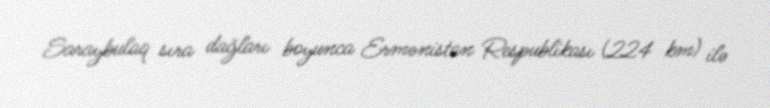
Saraybulaq sıra dağları boyunca Ermənistan Respublikası (224 km) ilə